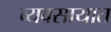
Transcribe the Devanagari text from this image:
व्‍यवसायात